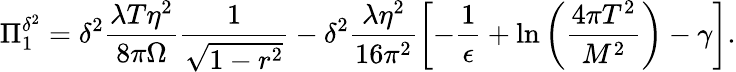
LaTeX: \Pi_{1}^{\delta^{2}}=\delta^{2}\frac{\lambda T\eta^{2}}{8\pi\Omega}\frac{1}{\sqrt{1-r^{2}}}-\delta^{2}\frac{\lambda\eta^{2}}{16\pi^{2}}\left[-\frac{1}{\epsilon}+\ln\left(\frac{4\pi T^{2}}{M^{2}}\right)-\gamma\right].